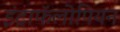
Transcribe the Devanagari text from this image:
इंट्राफॅलोपियन